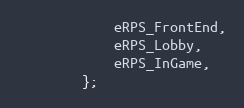
Language: C
			eRPS_FrontEnd,
			eRPS_Lobby,
			eRPS_InGame,
		};